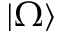
| \Omega \rangle